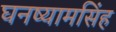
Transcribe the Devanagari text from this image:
घनष्यामसिंह